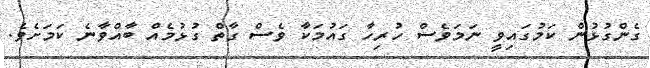
ގެންގުޅުން ކަމުގައިވީ ނަމަވެސް ހުރިހާ ގައުމަކާ ވެސް ގާތް ގުޅުމެއް ބާއްވާނެ ކަމަށެވެ.